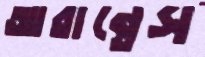
আরান্তেস